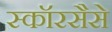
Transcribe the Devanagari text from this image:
स्कॉरसैसे